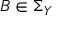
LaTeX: B \in \Sigma _ { Y }